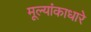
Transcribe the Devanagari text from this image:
मूल्यांकाधारे